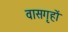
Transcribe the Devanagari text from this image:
वासगृहों